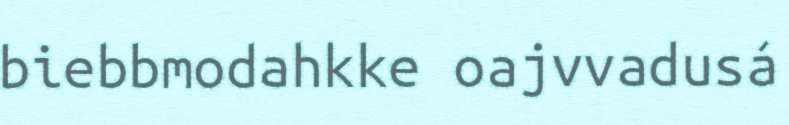
biebbmodahkke oajvvadusá